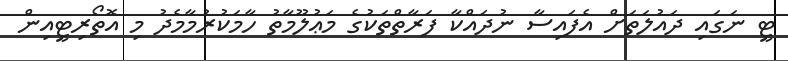
ޓީ ނަގައި ދައުލަތަށް އެފައިސާ ނުދައްކާ ފަރާތްތަކުގެ މަޢުލޫމާތު ހާމަކުރުމާމެދު މި އޮތޯރިޓީއިން